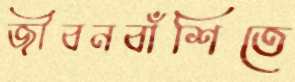
জীবনবাঁশিতে